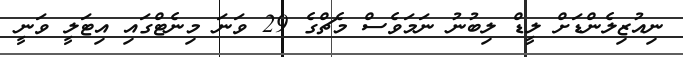
ނިއުޒިލެންޑަށް ލީޑް ލިބުނު ނަމަވެސް މެޗްގެ 29 ވަނަ މިނެޓްގައި އިޓަލީ ވަނީ